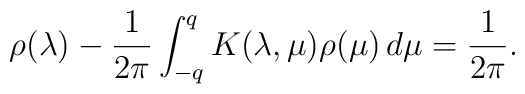
\rho(\lambda)-\frac{1}{2\pi}\int_{-q}^{q} K(\lambda,\mu)\rho(\mu)\,d\mu=\frac{1}{2\pi}.